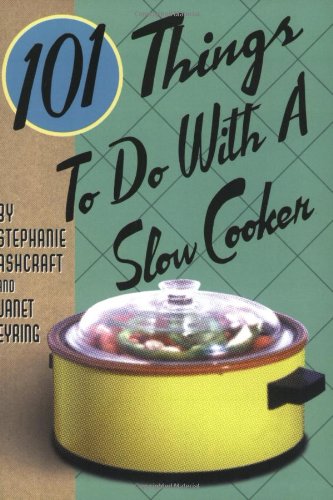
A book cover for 101 Things to Do with a Slow Cooker; Stephanie Ashcraft; Cookbooks, Food & Wine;